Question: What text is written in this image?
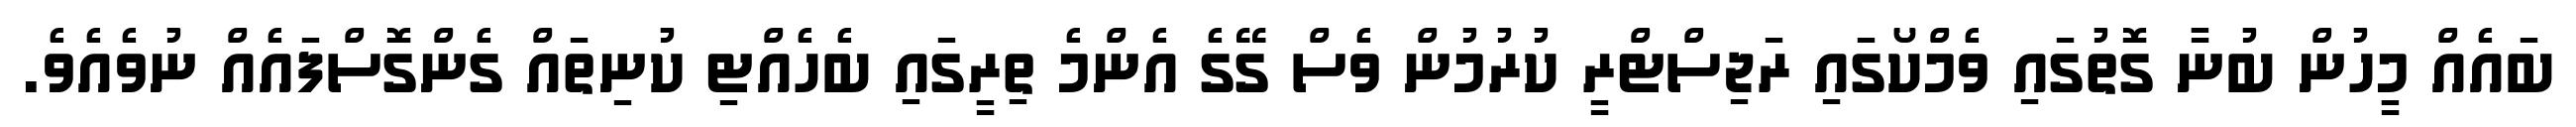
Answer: ބައެއް މީހުން ބުނާ ގޮތުގައި ވެމްކޯގައި ރަޖިސްޓްރީ ކުރުމުން ވެސް ގޭގެ އެންމެ ތިރީގައި ބެހެއްޓި ކުނިތައް ގެންގޮސްފައެއް ނުވެއެވެ.